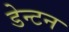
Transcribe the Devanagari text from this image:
डेन्टन